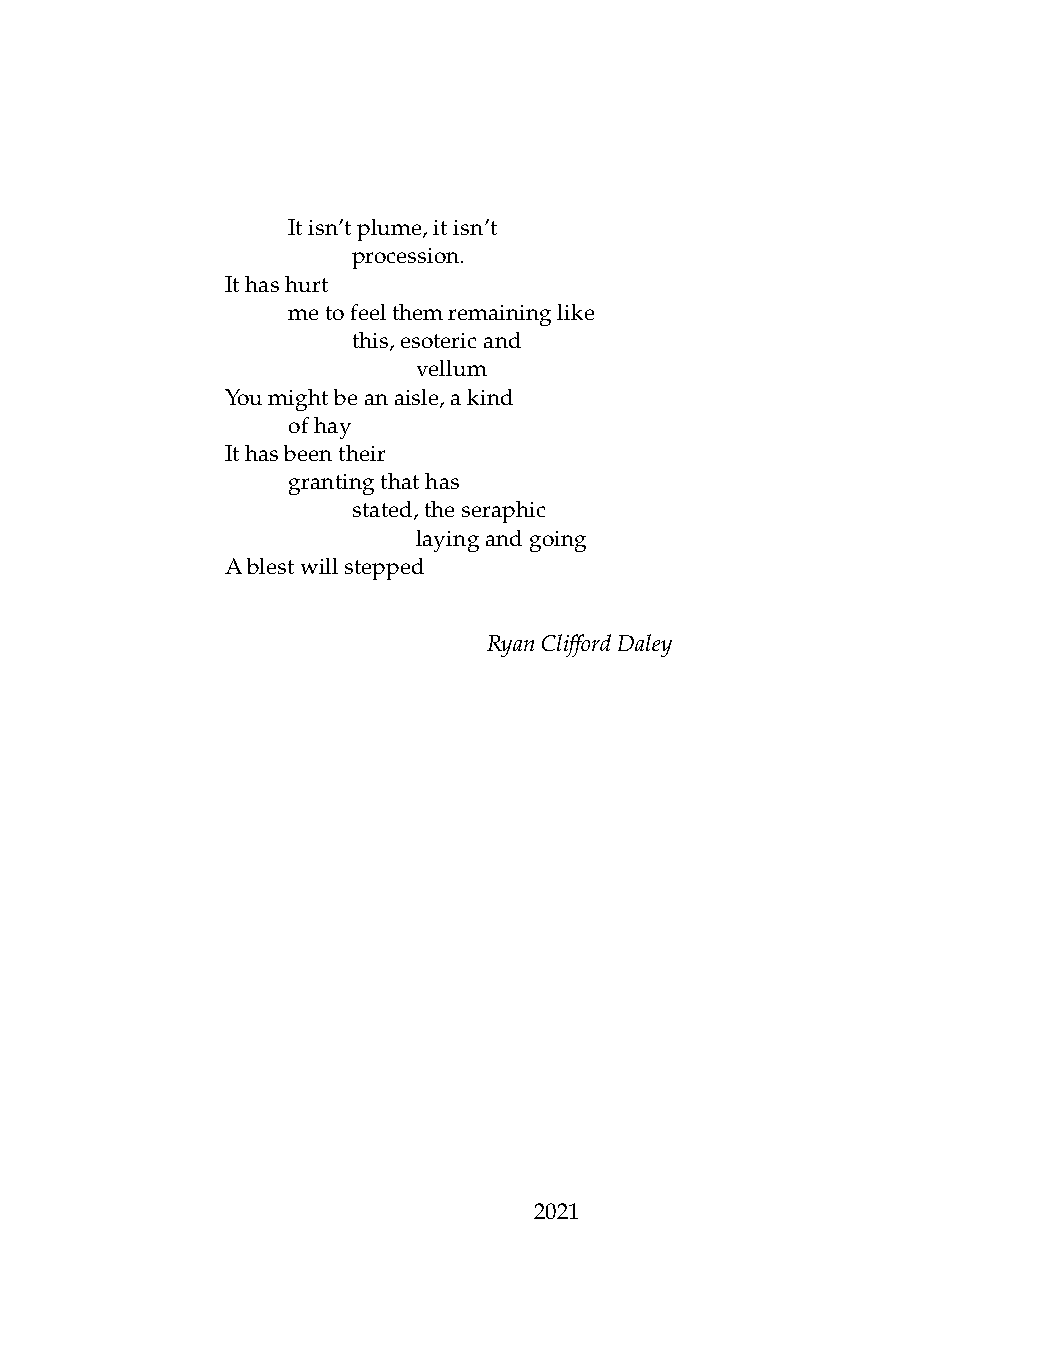
.   Itisn’tplume,itisn’t
 .   .   procession.
 Ithashurt
 .   metofeelthemremaininglike
 .   .   this,esotericand
 .   .   .    vellum
 Youmightbeanaisle,akind
 .   ofhay
 Ithasbeentheir
 .   grantingthathas
 .   .   stated,theseraphic
 .   .   .    layingandgoing
 Ablestwillstepped
 RyanCliffordDaley
 2021